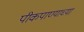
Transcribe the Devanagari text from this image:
पीकपाण्याच्या